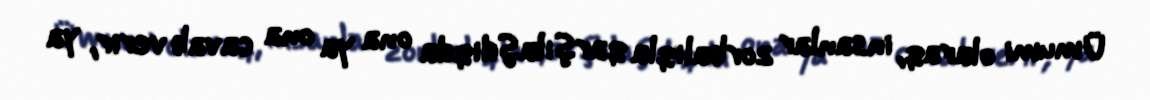
Ümumi olaraq, insanlar zorbalıqla qarşılaşdıqda ona ya ona cavab verir, ya